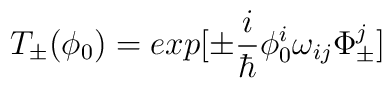
T_{\pm}(\phi_{0}) =exp\bigl[ \pm\frac{i}{\hbar}\phi^{i}_{0}\omega_{ij}\Phi^{j}_{\pm}\bigr]